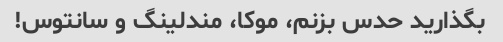
بگذارید حدس بزنم، موکا، مندلینگ و سانتوس!